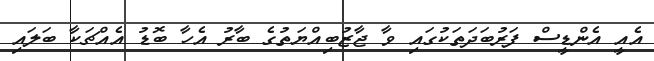
އެއީ އެންޑީސް ފަރުބަދަތަކުގައި ވާ ޖާޒުބިއްޔަތުގެ ބާރު އެހާ ބޮޑު އެއްޗަކާ ބަލައި